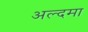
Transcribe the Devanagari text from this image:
अल्दमा